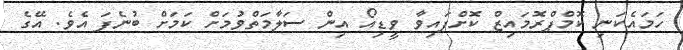
ހަމައެކަނި ކޮމްޕްރޮމައިޒް ކޮށްފައިވާ ވީޑިއޯ އިން ސަލާމަތްވުމަށް ކަމަށް ބުނެފަ އެވެ. އޭގެ